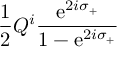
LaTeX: \frac { 1 } { 2 } Q ^ { i } \frac { \mathrm { e } ^ { 2 i \sigma _ { + } } } { 1 - \mathrm { e } ^ { 2 i \sigma _ { + } } }